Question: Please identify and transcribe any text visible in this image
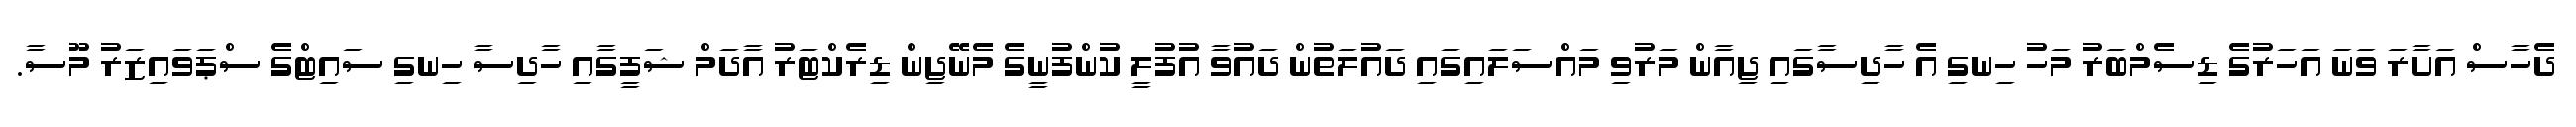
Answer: ދެހާސް އަށާރަ ވަނަ އަހަރުގެ ޑިސެމްބަރު މަހު ހިނގި އެ ހާދިސާގައި ޖިއާން މަރުވި މައްސަލައިގައި ދައުލަތުން ދައުވާ އުފުލީ ކުންފުނީގެ މެނޭޖިން ޑިރެކްޓަރު އާދަމް ޝަފީގާއި ހާދިސާ ހިނގި ސައިޓްގެ ސްޕަވައިޒަރު މޫސާ.